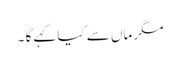
مگر ماں سے کیا کہے گا ۔